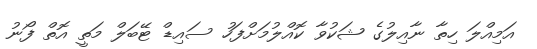
އަމިއްލަ ހިތާ ނާއިލުގެ ޝަކުވާ ކޮއްލުމަށްފަހު ސައިޑް ޓޭބަލް މަތީ އޮތް ފޯނު